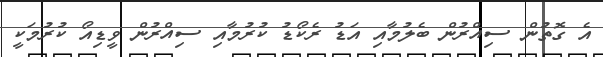
އެ ގޮތުން ސިއްރުން ބެލުމާއި އަޑު ރެކޯޑު ކުރުމާއި ސިއްރުން ވީޑިއޯ ކުރުމަކީ